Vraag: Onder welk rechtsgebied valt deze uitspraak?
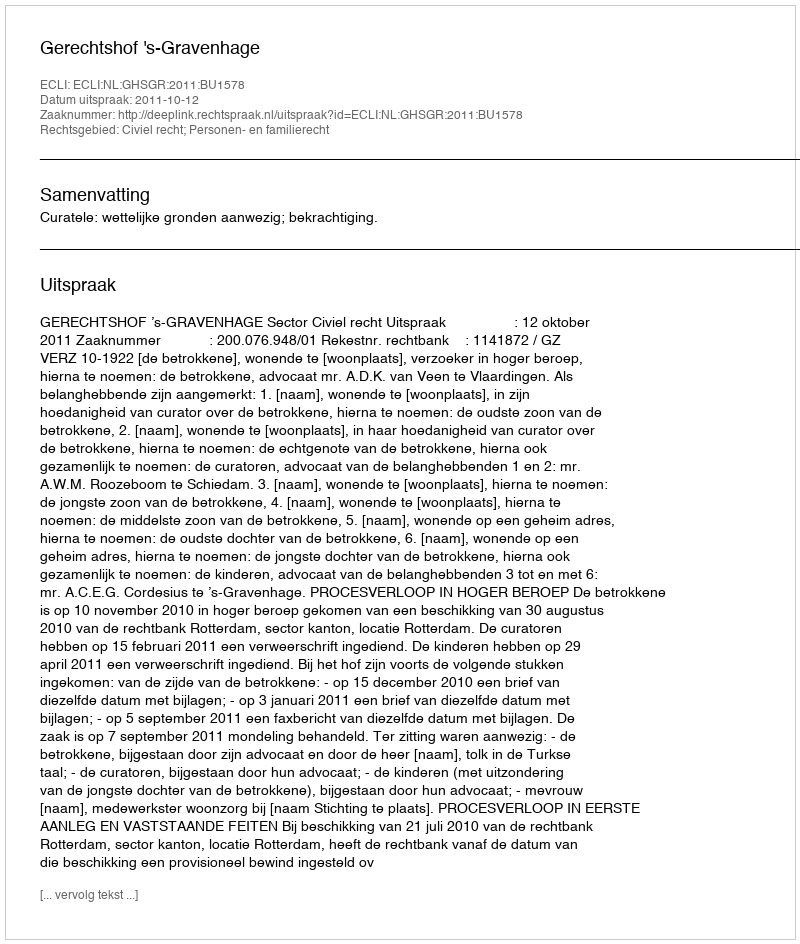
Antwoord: Civiel recht; Personen- en familierecht